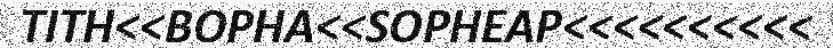
TITH<<BOPHA<<SOPHEAP<<<<<<<<<<